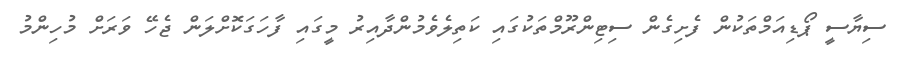
ސިޔާސީ ޕޯޑިއަމްތަކުން ފެށިގެން ސިޓިންރޫމްތަކުގައި ކަތިލެވެމުންދާއިރު މީގައި ފާހަގަކޮށްލަން ޖެހޭ ވަރަށް މުހިންމު